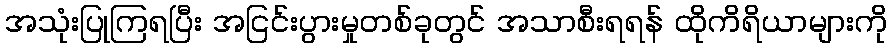
အသုံးပြုကြရပြီး အငြင်းပွားမှုတစ်ခုတွင် အသာစီးရရန် ထိုကိရိယာများကို